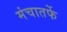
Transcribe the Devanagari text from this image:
मंचातर्फे